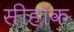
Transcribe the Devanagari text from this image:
सीहॉक